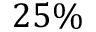
2 5 \%